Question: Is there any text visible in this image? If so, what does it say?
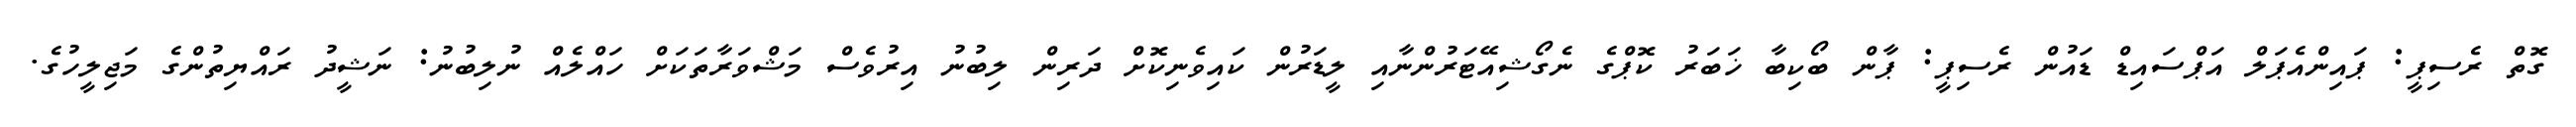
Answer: ގޮތް ރެސިޕީ: ޕައިންއެޕަލް އަޕްސައިޑް ޑައުން ރެސިޕީ: ޕާން ބޯކިބާ ޚަބަރު ކޮޕްގެ ނެގޯޝިއޭޓަރުންނާއި ލީޑަރުން ކައިވެނިކޮށް ދަރިން ލިބުނު އިރުވެސް މަޝްވަރާތަކަށް ހައްލެއް ނުލިބުނު: ނަޝީދު ރައްޔިތުންގެ މަޖިލީހުގެ.